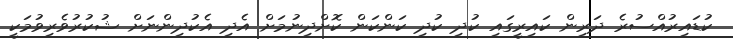
ކުޑައިރުއްސުރެ ދަރިން ކައިރީގައި ކުދި ކުދި ކަންކަން ކޮށްދިނުމަށް އެދި އެކުދިންނަށް ޝުކުރުވެރިވުމަކީ